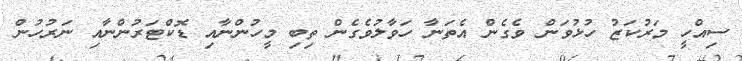
ސިއްހީ މަރުކަޒު ހުޅުވަން ވެގެން އެތަނާ ހަވާލުވެގެން ތިބި މީހުންނާއި ޑޮކްޓަރުންނާއި ނަރުހުން